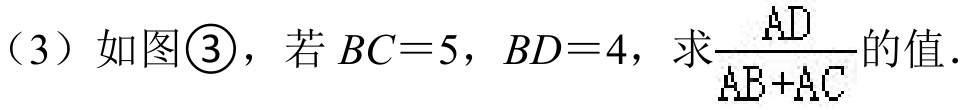
（3）如图\textcircled{3}，若\(BC = 5\)，\(BD = 4\)，求\(\frac{AD}{AB + AC}\)的值.